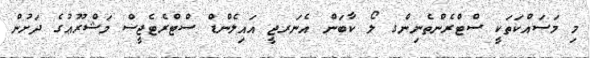
މި މަސައްކަތަކީ ސްޓްރެންތެނިންގ ލޯ ކާބަން އެނަރޖީ އައިލެންޑް ސްޓްރެޓެޖީސް މަޝްރޫޢުގެ ދަށުން